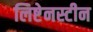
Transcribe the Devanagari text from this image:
लिष्टेनस्टीन